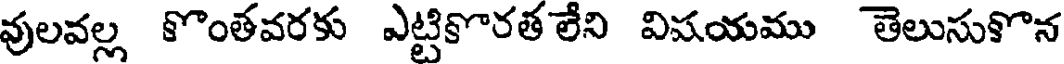
వులవల్ల కొంతవరకు ఎట్టికొరత లేని విషయము తెలుసుకొన